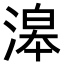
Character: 滜